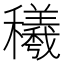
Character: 𰩁